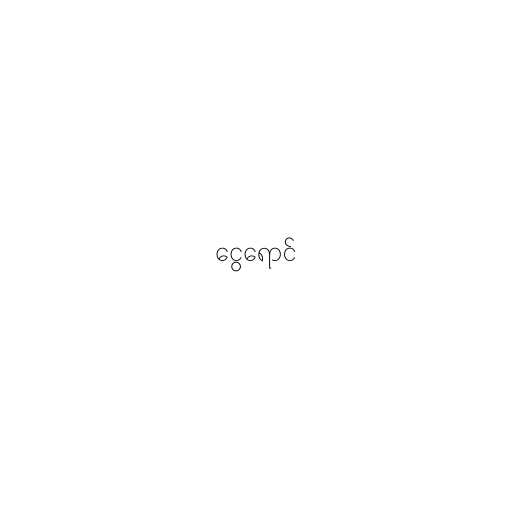
ငွေရောင်